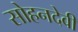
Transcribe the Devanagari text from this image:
सोहनदेवी